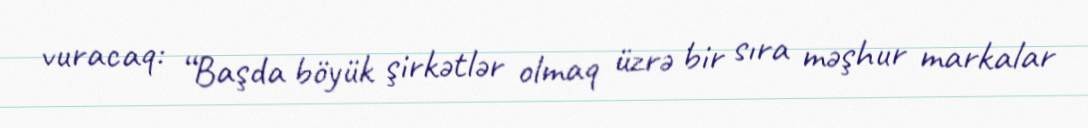
vuracaq: “Başda böyük şirkətlər olmaq üzrə bir sıra məşhur markalar